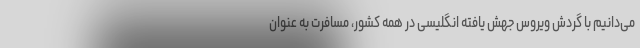
می‌دانیم با گردش ویروس جهش یافته انگلیسی در همه کشور، مسافرت به عنوان